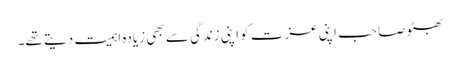
بھٹو صاحب اپنی عزت کو اپنی زندگی سے بھی زیادہ اہمیت دیتے تھے۔